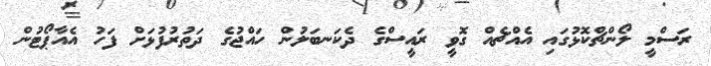
ރަސްމީ ލޯންޗްކޮޅުގައި އެއްޗެއް ގޮވީ ރައީސްގެ ދެކަނބަލުން ހައްޖުގެ ދަތުރުފުޅަށް ފަހު އެއާޕޯޓުން